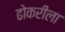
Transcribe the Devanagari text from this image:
ढोकरीला